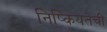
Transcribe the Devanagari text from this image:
निष्कियतेची